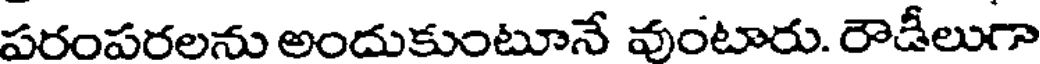
పరంపరలను అందుకుంటూనే వుంటారు. రౌడీలుగా